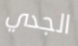
الجدي